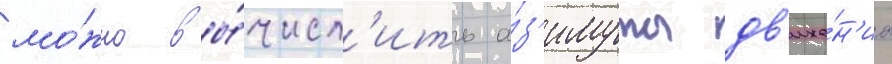
мо́жно вы́числ'ить а́з'имуты дв'иже́н'иа